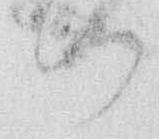
つ